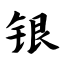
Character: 银